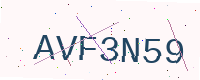
Text: AVF3N59